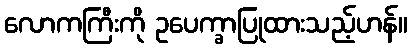
လောကကြီးကို ဥပေက္ခာပြုထားသည့်ဟန်။